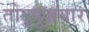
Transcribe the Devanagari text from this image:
तोटुपुज़यार